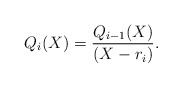
\begin{align*}Q_{i}(X) = \frac{Q_{i-1}(X)}{ (X - r_i)}.\end{align*}